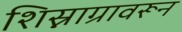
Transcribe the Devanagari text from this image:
शिस्नाग्रावरून